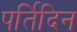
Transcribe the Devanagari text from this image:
पर्तिदिन